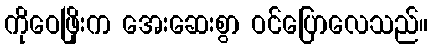
ကိုဝေဖြိုးက အေးဆေးစွာ ဝင်ပြောလေသည်။